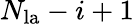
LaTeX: N_{\mathrm{la}}-i+1